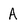
Character: A